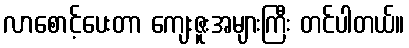
လာစောင့်ပေးတာ ကျေးဇူးအများကြီး တင်ပါတယ်။